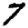
Digit: 7